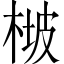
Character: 𣔡